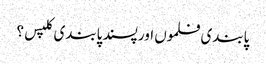
پابندی فلموں اور پسند پابندی کلپس؟